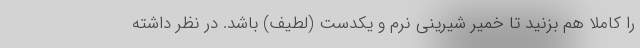
را کاملا هم بزنید تا خمیر شیرینی نرم و یکدست (لطیف) باشد. در نظر داشته